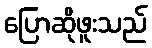
ပြောဆိုဖူးသည်